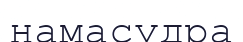
намасудра